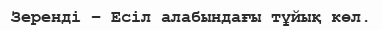
Зеренді – Есіл алабындағы тұйық көл.